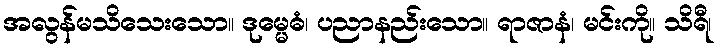
အလွန်မသိသေးသော။ ဒုမ္မေဓံ၊ ပညာနည်းသော။ ရာဇာနံ၊ မင်းကို။ သိရီ၊